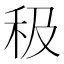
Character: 𥝥